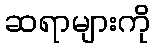
ဆရာများကို